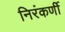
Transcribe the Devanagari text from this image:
निरंकर्णी